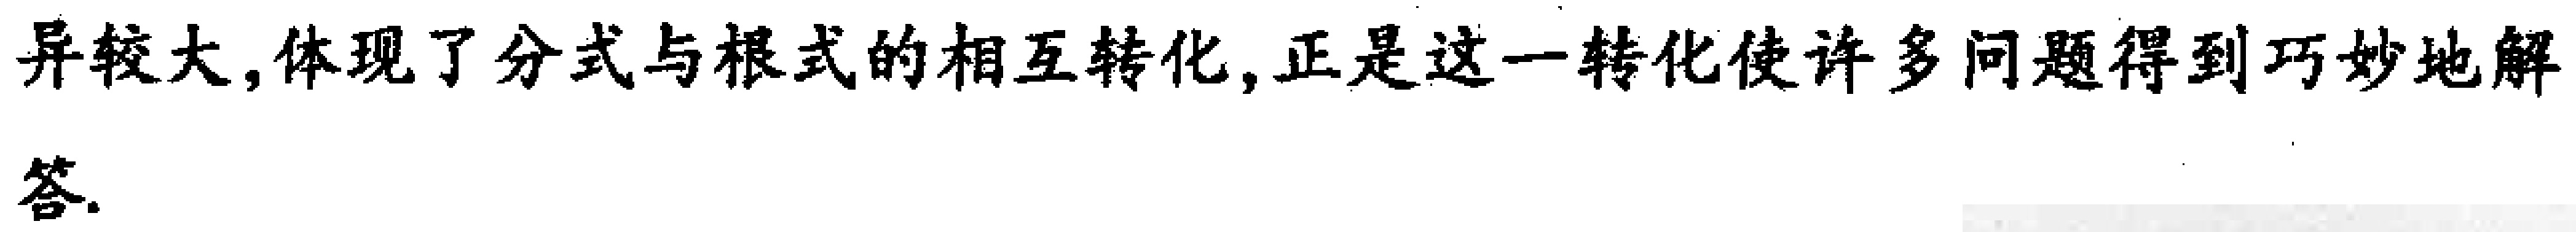
异较大,体现了分式与根式的相互转化,正是这一转化使许多问题得到巧妙地解

答.